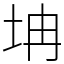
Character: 㘱